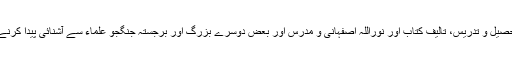
اس دور میں روح اللہ تحصیل و تدریس، تالیف کتاب اور نوراللہ اصفہانی و مدرس اور بعض دوسرے بزرگ اور برجستہ جنگجو علماء سے آشنائی پیدا کرنے میں مشغول رہتے ہیں۔